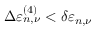
\Delta \varepsilon _ { n , \nu } ^ { ( 4 ) } < \delta \varepsilon _ { n , \nu }